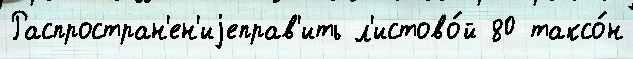
Распростран'ен'иjеправ'ить л'истово́й 80 таксо́н